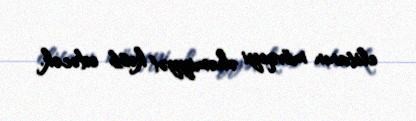
elitanın mövqeyi əhəmiyyət kəsb edəcək.